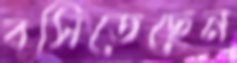
বসিতেছেন